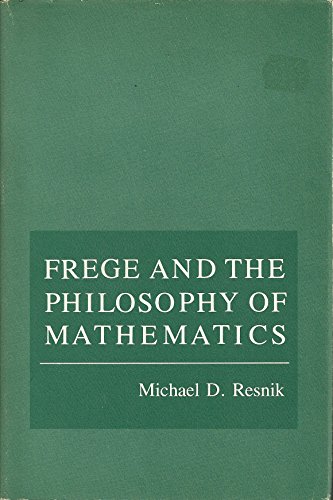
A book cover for Frege and the Philosophy of Mathematics; Michael D. Resnik; Science & Math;